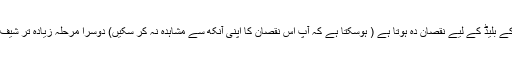
غلط انداز میں چھری کو رکھنا اس کے بلیڈ کے لیے نقصان دہ ہوتا ہے ( ہوسکتا ہے کہ آپ اس نقصان کا اپنی آنکھ سے مشاہدہ نہ کر سکیں) دوسرا مرحلہ زیادہ تر شیف اپنی چھری کو ہینڈ واش کرتے ہیں۔